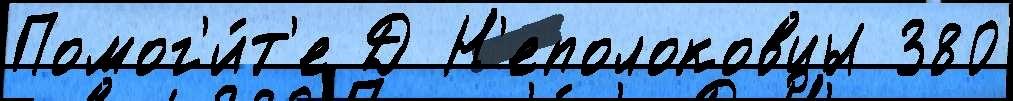
Помог'и́т'е Д Н'еполоковцы 380